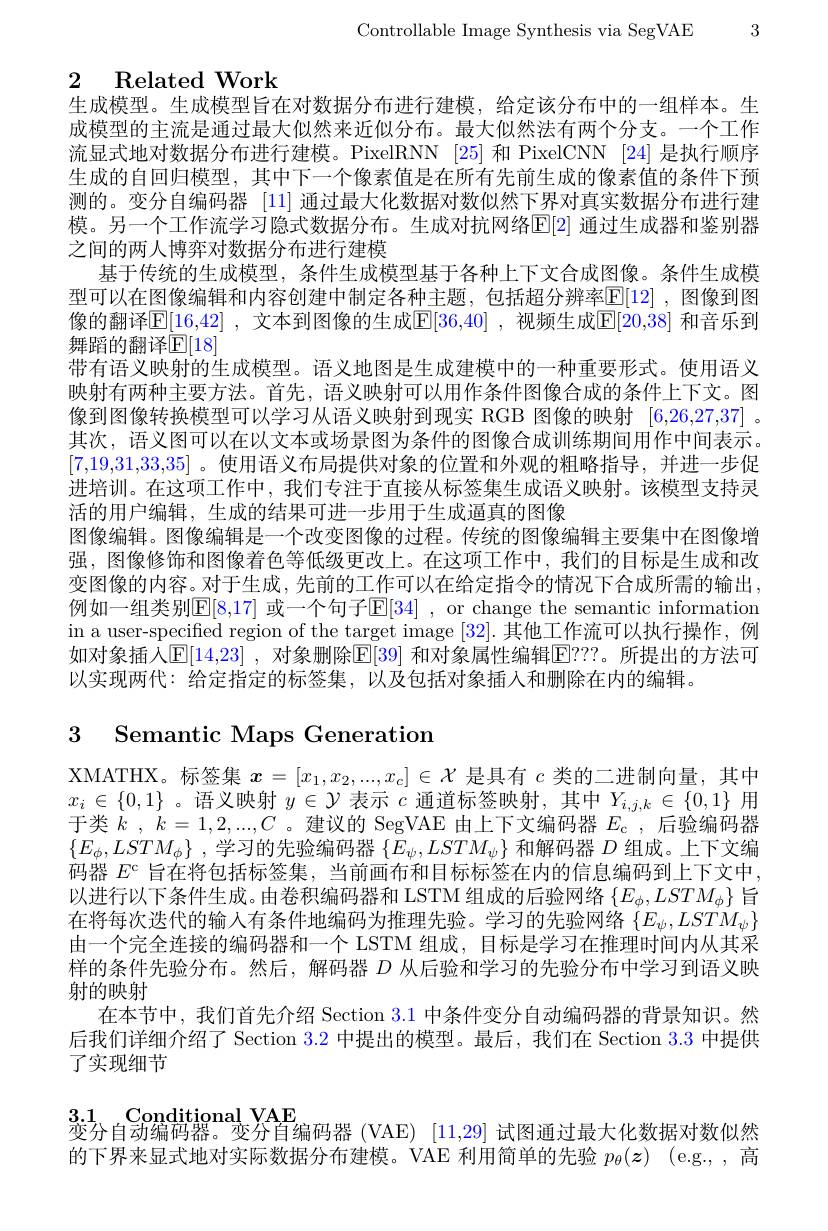
Controllable Image Synthesis via SegVAE 3

# 2 Related Work

生成模型。生成模型旨在对数据分布进行建模，给定该分布中的一组样本。生成模型的主流是通过最大似然来近似分布。最大似然法有两个分支。一个工作流显式地对数据分布进行建模。PixelRNN [25] 和 PixelCNN [24] 是执行顺序生成的自回归模型，其中下一个像素值是在所有先前生成的像素值的条件下预测的。变分自编码器[11]通过最大化数据对数似然下界对真实数据分布进行建模。另一个工作流学习隐式数据分布。生成对抗网络$\boxed{\mathrm{E}}[2]$ 通过生成器和鉴别器之间的两人博弈对数据分布进行建模
基于传统的生成模型，条件生成模型基于各种上下文合成图像。条件生成模型可以在图像编辑和内容创建中制定各种主题，包括超分辨率$\mathbb{E}[12]$ ,图像到图像的翻译$\mathbb{E} [ 16, 42]$ , 文本到图像的生成$\mathbb{E} [ 36, 40]$ , 视频生成$\mathbb{E}[20,38]$ 和音乐到舞蹈的翻译$\mathbb{E}[18]$
带有语义映射的生成模型。语义地图是生成建模中的一种重要形式。使用语义映射有两种主要方法。首先，语义映射可以用作条件图像合成的条件上下文。图像到图像转换模型可以学习从语义映射到现实 RGB 图像的映射 [6,26,27,37] 。其次，语义图可以在以文本或场景图为条件的图像合成训练期间用作中间表示。[7,19,31,33,35] 。使用语义布局提供对象的位置和外观的粗略指导，并进一步促进培训。在这项工作中，我们专注于直接从标签集生成语义映射。该模型支持灵活的用户编辑，生成的结果可进一步用于生成逼真的图像
图像编辑。图像编辑是一个改变图像的过程。传统的图像编辑主要集中在图像增强，图像修饰和图像着色等低级更改上。在这项工作中，我们的目标是生成和改变图像的内容。对于生成，先前的工作可以在给定指令的情况下合成所需的输出， 例如一组类别$\mathbb{E}[8,17]$ 或一个句子$\mathbb{E}[34]$, or change the semantic information in a user-specified region of the target image [32].其他工作流可以执行操作，例如对象插入$\mathbb{E}[14,23]$ ,对象删除$\mathbb{E}[39]$ 和对象属性编辑$\boxed{\mathbb{E}}???$。所提出的方法可以实现两代：给定指定的标签集，以及包括对象插入和删除在内的编辑。

## 3 Semantic Maps Generation

XMATHX。标签集$x=[x_1,x_2,...,x_c]\in\mathcal{X}$是具有$c$类的二进制向量，其中$x_{i}\in\{0,1\}$。语义映射$y\in\mathcal{Y}$表示$c$通道标签映射，其中$Y_i,j,k\in\{0,1\}$用于类$k$ , $k= 1, 2, . . . , C$ 。建议的 SegVAE 由上下文编码器$E_\mathrm{c}$ ,后验编码器$\{ E_{\phi }, LSTM_{\phi }\}$ , 学习的先验编码器 $\{ E_{\psi }, LSTM_{\psi }\}$和解码器$D$组成。上下文编码器$E^{\mathrm{c}}$旨在将包括标签集，当前画布和目标标签在内的信息编码到上下文中， 以进行以下条件生成。由卷积编码器和 LSTM 组成的后验网络$\{E_\phi,LSTM_\phi\}$旨在将每次迭代的输入有条件地编码为推理先验。学习的先验网络$\{E_\psi,LSTM_\psi\}$ 由一个完全连接的编码器和一个 LSTM 组成，目标是学习在推理时间内从其采样的条件先验分布。然后，解码器$D$从后验和学习的先验分布中学习到语义映射的映射
在本节中，我们首先介绍 Section 3.1 中条件变分自动编码器的背景知识。然后我们详细介绍了 Section 3.2 中提出的模型。最后，我们在 Section 3.3 中提供了实现细节

$3.1\_Conditional\_VAE$
变分自动编码器。变分自编码器 (VAE) [11,29] 试图通过最大化数据对数似然

的下界来显式地对实际数据分布建模。VAE 利用简单的先验$p_\theta ( \boldsymbol{z})$ (e.g., 高